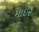
માઇર